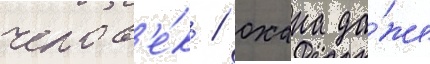
челов'е́к / охана да́же